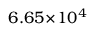
6 . 6 5 \! \times \! 1 0 ^ { 4 }